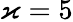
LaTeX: \varkappa=5